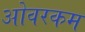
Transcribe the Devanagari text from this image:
ओवरकम